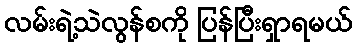
လမ်းရဲ့သဲလွန်စကို ပြန်ပြီးရှာရမယ်